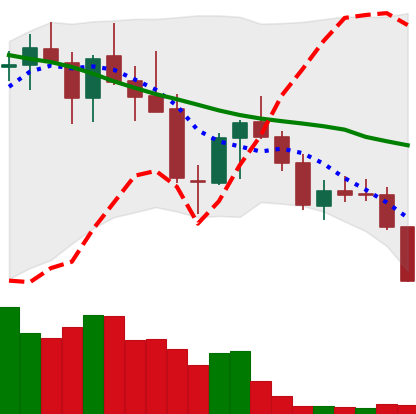
Ticker: LINK-USD
Chart end date: 2018-05-22
Forward return: -8.421%
Label: down_7plus